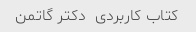
کتاب کاربردی  دکتر گاتمن